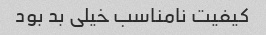
کیفیت نامناسب خیلی بد بود